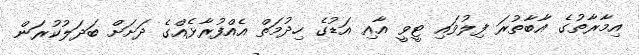
އިމާރާތުގެ އާބާތުރަ ފިލުވައި ޓީވީ އާއި އަޑުގެ ހިދުމަތް އެއްފުރާޅެއްގެ ދަށަށް ބަދަލުކުރަން